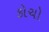
કોચો